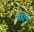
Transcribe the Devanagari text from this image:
मोहचा